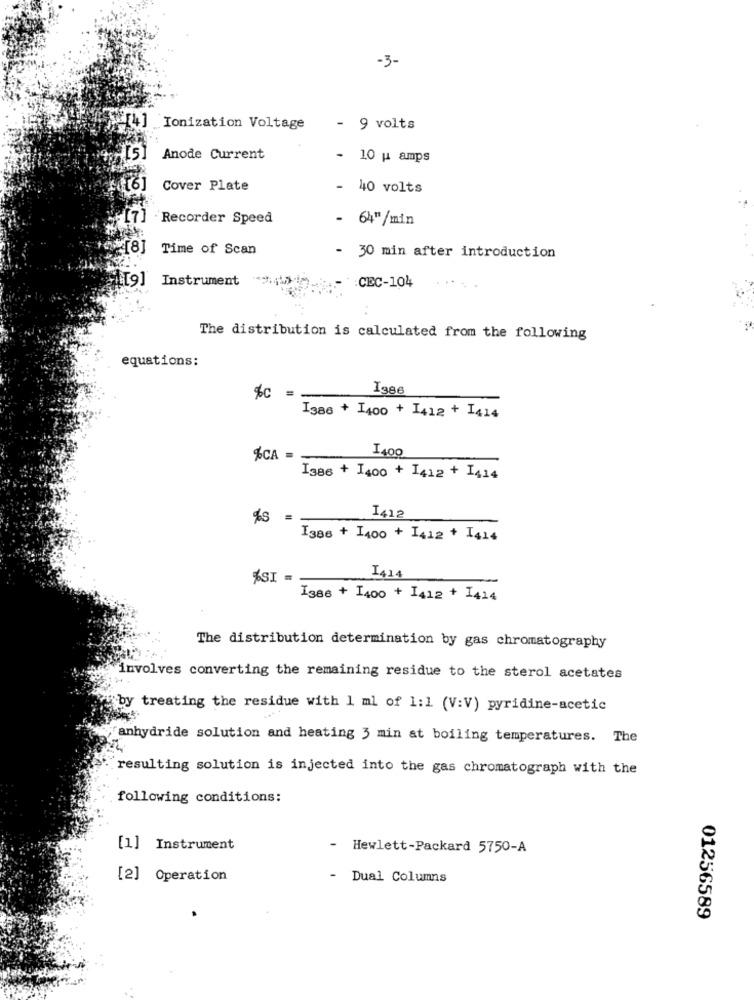
-3-
[4] Ionization Voltage
- 9 volts
Anode Current
- 10 u amps
([6]
Cover Plate
- 40 volts
[7]
. Recorder Speed
- 64" /min
Time of Scan
- 30 min after introduction
[9] Instrument
:CEC-104
The distribution is calculated from the following
equations:
I386
%c =
I386 + 1400 + 1412 + 1414
I400
%CA =
I386 + 1400 + 1412 + 1414
%S =
I386 + 1400 + 1412 + 1414
I414
%SI -
I386 + 1400 + 1412 + 1414
The distribution determination by gas chromatography
involves converting the remaining residue to the sterol acetates
"by treating the residue with 1 ml of 1:1 (V:V) pyridine-acetic
anhydride solution and heating 3 min at boiling temperatures. The
resulting solution is injected into the gas chromatograph with the
following conditions:
[1] Instrument
-
Hewlett-Packard 5750-A
[2] Operation
- Dual Columns
01256589